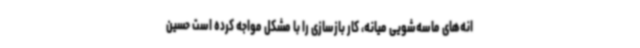
انه‌های ماسه‌شویی میانه، کار بازسازی را با مشکل مواجه کرده است حسین